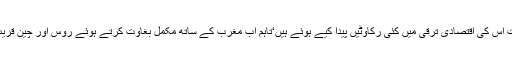
مغرب کے ساتھ روس کے نا خوشگوار واقعات اور تعلقات اس کی اقتصادی ترقی میں کئی رکاوٹیں پیدا کیے ہوئے ہیں‘تاہم اب مغرب کے ساتھ مکمل بغاوت کرتے ہوئے روس اور چین قریب آئے ‘ دونوں مشترکہ لائحہ عمل بنانے میں سرگرم ہیں۔